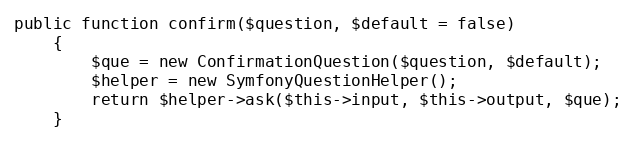
Language: PHP
public function confirm($question, $default = false)
    {
        $que = new ConfirmationQuestion($question, $default);
        $helper = new SymfonyQuestionHelper();
        return $helper->ask($this->input, $this->output, $que);
    }